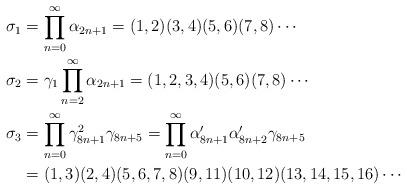
LaTeX: \begin{align*}\sigma_1 & = \prod_{n=0}^{\infty} \alpha_{2n+1} = (1,2)(3,4)(5,6)(7,8)\cdots \\\sigma_2 & = \gamma_1 \prod_{n=2}^{\infty} \alpha_{2n+1} = (1,2,3,4)(5,6)(7,8)\cdots \\\sigma_3 & = \prod_{n=0}^{\infty} \gamma^2_{8n+1} \gamma_{8n+5} = \prod_{n=0}^{\infty} \alpha'_{8n+1} \alpha'_{8n+2} \gamma_{8n+5}\\& = (1,3)(2,4)(5,6,7,8) (9,11)(10,12) (13, 14, 15, 16) \cdots \end{align*}